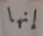
إنها